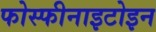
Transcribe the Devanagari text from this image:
फोस्फीनाइटोइन